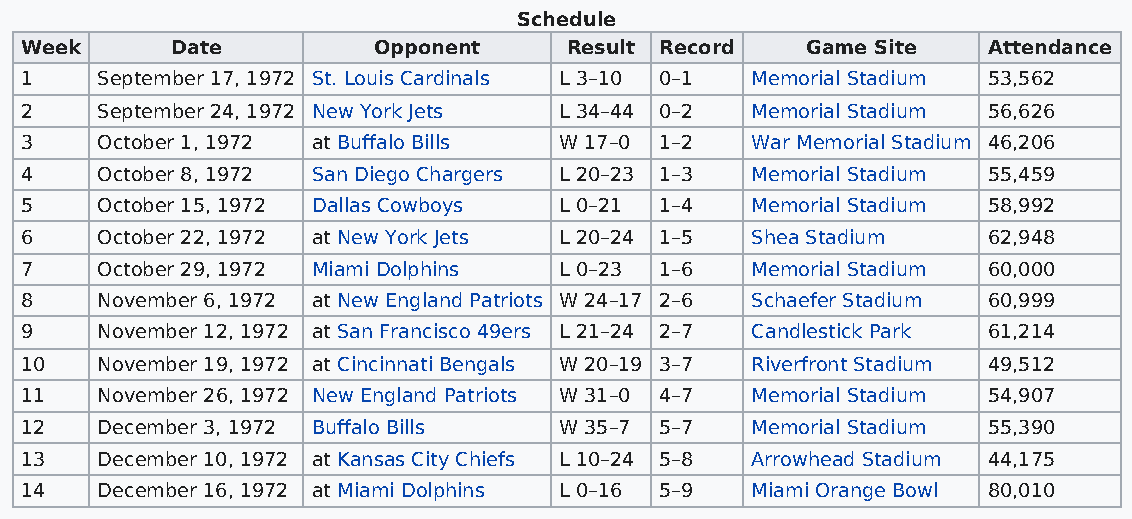
Schedule
 Week      Date          Opponent    Result Record   Game Site   Attendance
 1    September 17, 1972 St. Louis Cardinals L 3–10 0–1 Memorial Stadium 53,562
 2    September 24, 1972 New York Jets L 34–44 0–2 Memorial Stadium 56,626
 3    October 1, 1972 at Buffalo Bills W 17–0 1–2 War Memorial Stadium 46,206
 4    October 8, 1972 San Diego Chargers L 20–23 1–3 Memorial Stadium 55,459
 5    October 15, 1972 Dallas Cowboys L 0–21 1–4  Memorial Stadium 58,992
 6    October 22, 1972 at New York Jets L 20–24 1–5 Shea Stadium 62,948
 7    October 29, 1972 Miami Dolphins L 0–23 1–6  Memorial Stadium 60,000
 8    November 6, 1972 at New England Patriots W 24–17 2–6 Schaefer Stadium 60,999
 9    November 12, 1972 at San Francisco 49ers L 21–24 2–7 Candlestick Park 61,214
 10   November 19, 1972 at Cincinnati Bengals W 20–19 3–7 Riverfront Stadium 49,512
 11   November 26, 1972 New England Patriots W 31–0 4–7 Memorial Stadium 54,907
 12   December 3, 1972 Buffalo Bills W 35–7 5–7   Memorial Stadium 55,390
 13   December 10, 1972 at Kansas City Chiefs L 10–24 5–8 Arrowhead Stadium 44,175
 14   December 16, 1972 at Miami Dolphins L 0–16 5–9 Miami Orange Bowl 80,010